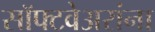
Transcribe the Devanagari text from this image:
सॉफ्टवेअरांना